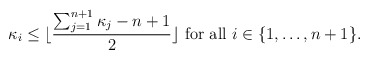
\begin{align*} \kappa_i \le \lfloor \frac{\sum_{j=1}^{n+1} \kappa_j -n+1}{2} \rfloor \ \mathrm{ for\ all}\ i \in \{1, \ldots, n+1\}.\end{align*}